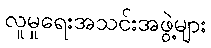
လူမှုရေးအသင်းအဖွဲ့များ